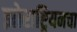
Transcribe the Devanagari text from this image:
झोराष्ट्रियनचा